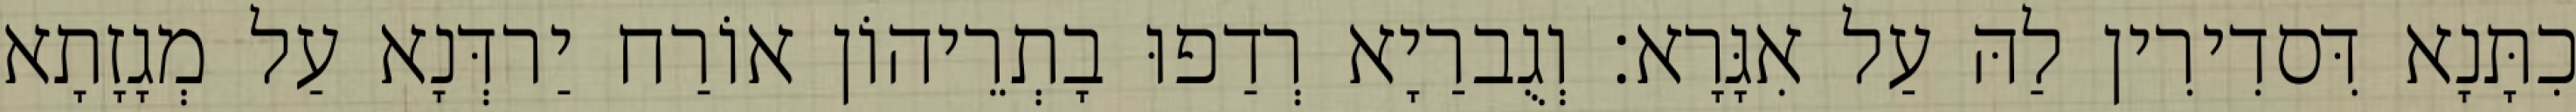
כִתָּנָא דִּסדִירִין לַהּ עַל אִגָּרָא׃ וְגֻברַיָא רְדַפוּ בָתְרֵיהוֹן אוֹרַח יַרדְּנָא עַל מְגָזָתָא